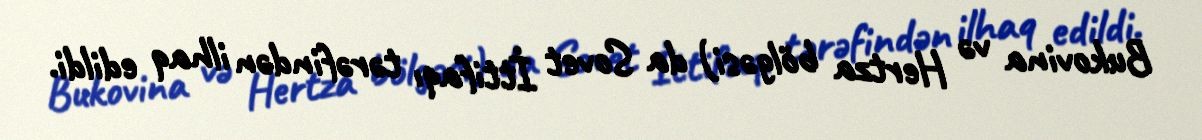
Bukovina və Hertza bölgəsi) da Sovet İttifaqı tərəfindən ilhaq edildi.